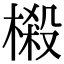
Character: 榝